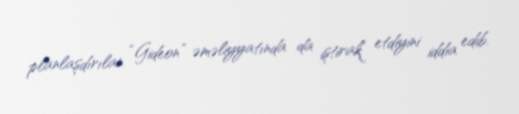
planlaşdırılan “Gideon” əməliyyatında da iştirak etdiyini iddia edib.